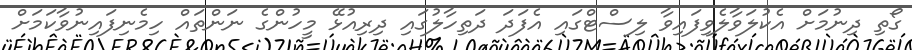
ގޯތި ދިނުމަށް އެކުލަވާލެވިފައިވާ ލިސްޓްގައި އެފަދަ ދަތިހާލުގައި ދިރިއުޅޭ މީހުންގެ ނަންތައް ހިމެނިފައިނުވާކަމަށް